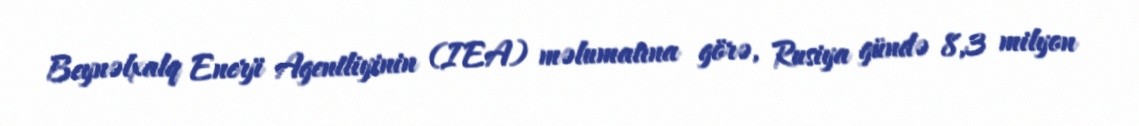
Beynəlxalq Enerji Agentliyinin (IEA) məlumatına görə, Rusiya gündə 8,3 milyon